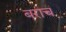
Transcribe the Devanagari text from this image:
बराचं